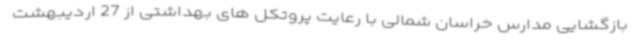
بازگشایی مدارس خراسان شمالی با رعایت پروتکل های بهداشتی از 27 اردیبهشت